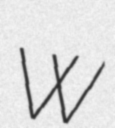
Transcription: W